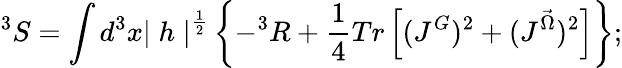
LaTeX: ^3S=\int d^{3}x{\mid h\mid}^{\frac{1}{2}}\left\{ -^{3}R+\frac{1}{4}Tr\left[(J^{G})^{2}+(J^{\vec{\Omega}})^{2}\right]\right\} ;